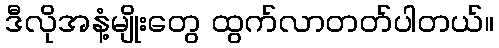
ဒီလိုအနံ့မျိုးတွေ ထွက်လာတတ်ပါတယ်။